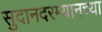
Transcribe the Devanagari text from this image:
सुदानदरम्यानच्या